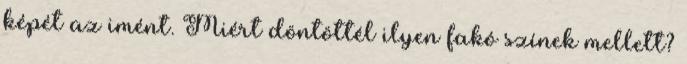
képét az imént. Miért döntöttél ilyen fakó színek mellett?